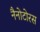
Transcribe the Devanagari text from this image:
नैनोटोरस